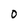
Character: 0